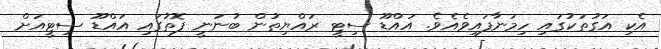
އެކި އަގުތަކުގައި ހިމަނާފައިވެއެވެ. އައްޑޫ ސިޓީ ރައްޔިތުން ބުނަނީ ފޮތުގައި އައްޑޫ ސިޓީއަށް